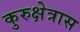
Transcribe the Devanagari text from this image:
कुरुक्षेत्रास